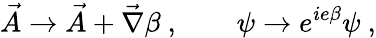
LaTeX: \vec{A}\to\vec{A}+\vec{\nabla}\beta\ ,\qquad\psi\to e^{ie\beta}\psi\ ,